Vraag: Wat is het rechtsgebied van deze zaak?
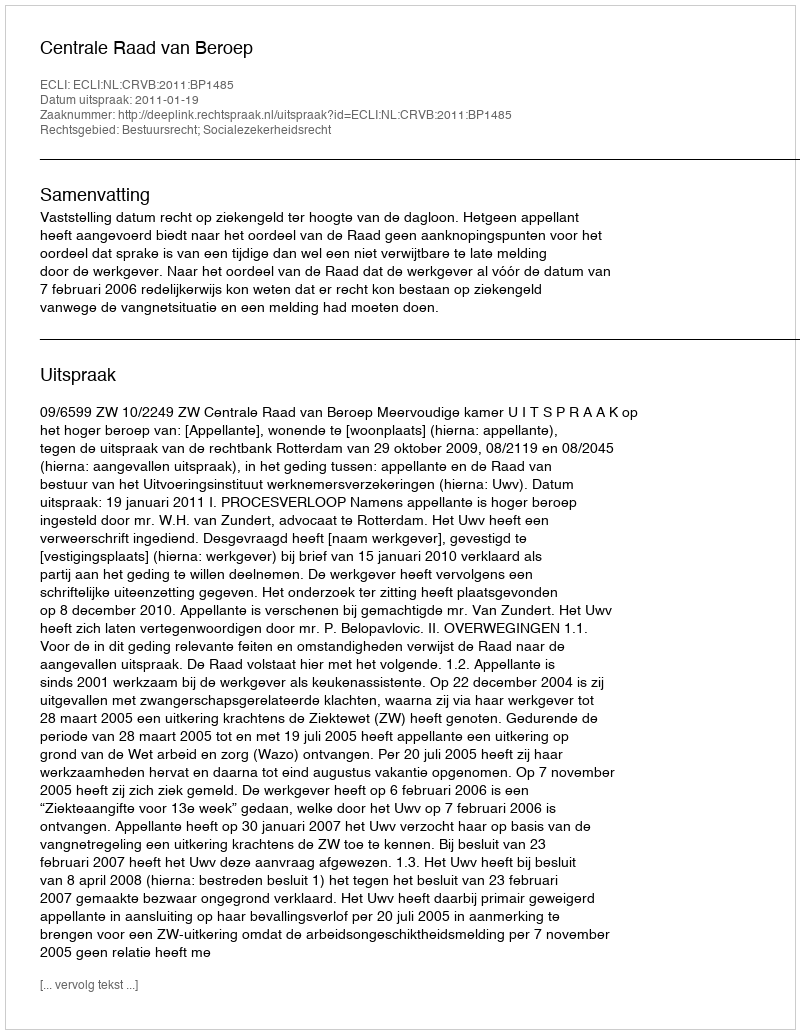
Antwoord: Bestuursrecht; Socialezekerheidsrecht